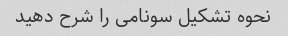
نحوه تشکیل سونامی را شرح دهید